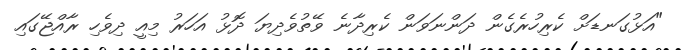
"އަޅުގަނޑަށް ކެރިހުރެގެން ދަންނަވަން ކެރިދާނެ ވޭތުވެދިޔަ ދޮޅު އަހަރު މިއީ ދިވެހި ރާއްޖޭގައި